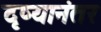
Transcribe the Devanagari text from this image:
दृष्यानंतर